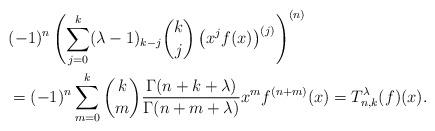
LaTeX: \begin{align*}\lefteqn{(-1)^n\left(\sum_{j=0}^k(\lambda-1)_{k-j}\binom{k}{j}\left(x^{j}f(x)\right)^{(j)}\right)^{(n)}}\\&=(-1)^n\sum_{m=0}^k\binom{k}{m}\frac{\Gamma(n+k+\lambda)}{\Gamma(n+m+\lambda)}x^{m}f^{(n+m)}(x)=T^{\lambda}_{n,k}(f)(x).\end{align*}